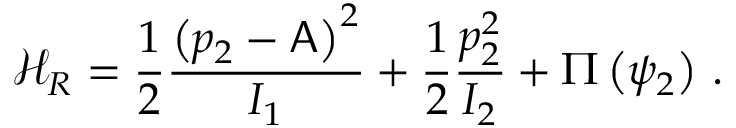
\mathcal { H } _ { R } = \frac { 1 } { 2 } \frac { \left( p _ { 2 } - \mathsf { A } \right) ^ { 2 } } { I _ { 1 } } + \frac { 1 } { 2 } \frac { p _ { 2 } ^ { 2 } } { I _ { 2 } } + \Pi \left( \psi _ { 2 } \right) \, .